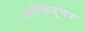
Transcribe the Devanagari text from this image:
व्यक्तिसूचक